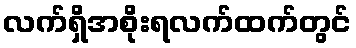
လက်ရှိအစိုးရလက်ထက်တွင်